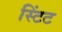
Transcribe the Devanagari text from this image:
स्टिंट